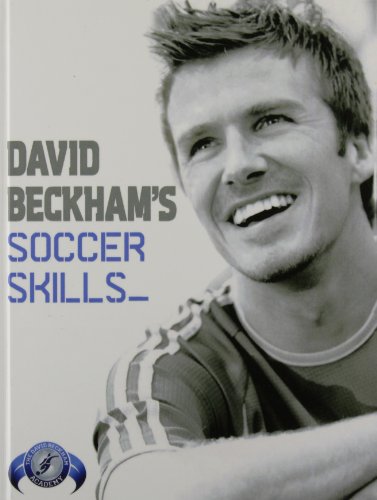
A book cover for David Beckham's Soccer Skills: The Official David Beckham Soccer Skills Book; David Beckham; Children's Books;